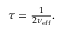
\begin{array} { r } { { } \tau = \frac { 1 } { 2 \nu _ { \mathrm { e f f } } } . } \end{array}